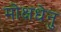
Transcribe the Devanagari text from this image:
मोक्षधेनु